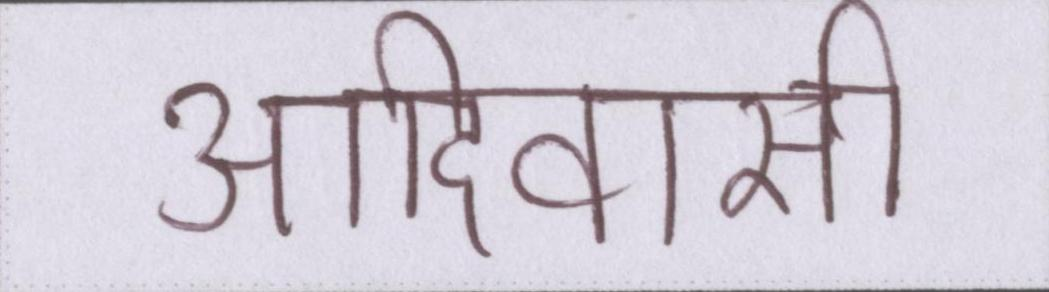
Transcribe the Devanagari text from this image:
आदिवासी